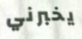
يخبرني